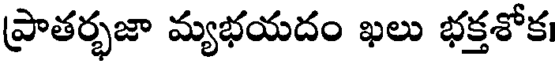
ప్రాతర్భజా మ్యభయదం ఖలు భక్తశోక।